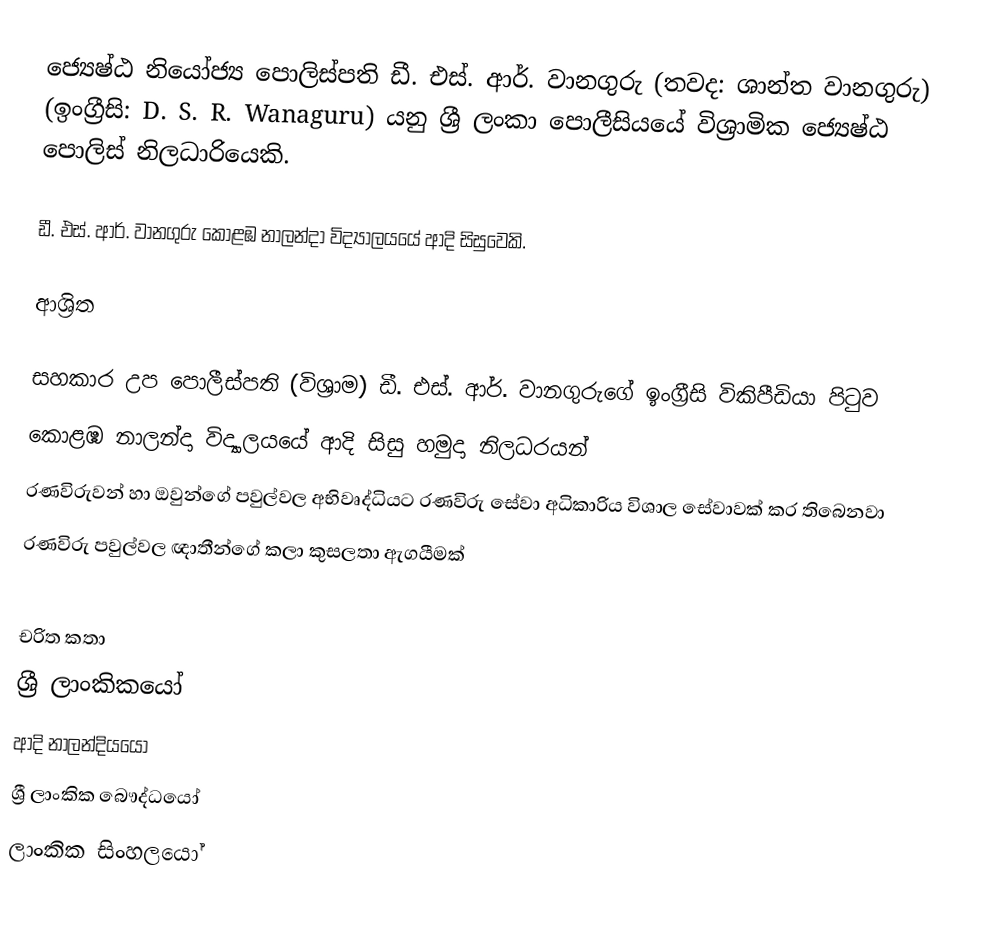
ජ්‍යෙෂ්ඨ නියෝජ්‍ය ‍පොලිස්පති  ඩී. එස්. ආර්. වානගුරු (තවද: ශාන්ත වානගුරු) (ඉංග්‍රීසි: D. S. R. Wanaguru) යනු  ශ්‍රී ලංකා පොලීසියයේ විශ්‍රාමික ජ්‍යෙෂ්ඨ පොලිස් නිලධාරියෙකි.

ඩී. එස්. ආර්. වානගුරු  කොළඹ නාලන්දා විද්‍යාලයයේ ආදි සිසුවෙකි.

ආශ්‍රිත

  සහකාර උප පොලීස්පති (විශ්‍රාම) ඩී. එස්. ආර්. වානගුරුගේ ඉංග්‍රීසි විකිපීඩියා පිටුව
 කොළඹ නාලන්දා විද්‍යාලයයේ ආදි සිසු හමුදා නිලධරයන්
 රණවිරුවන් හා ඔවුන්ගේ පවුල්වල අභිවෘද්ධියට රණවිරු සේවා අධිකාරිය විශාල සේවාවක් කර තිබෙනවා
 රණවිරු පවුල්වල ඥාතීන්ගේ කලා කුසලතා ඇගයීමක්

චරිත කතා
ශ්‍රී ලාංකිකයෝ
ආදි නාලන්දියයෝ
ශ්‍රී ලාංකික බෞද්ධයෝ
ලාංකික සිංහලයෝ